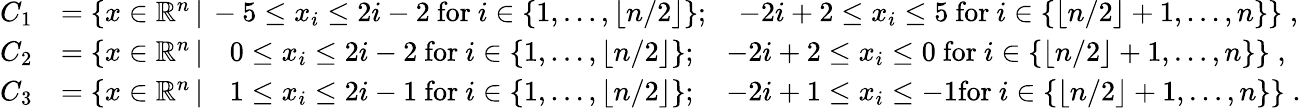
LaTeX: \begin{array}{rl}{C_{1}}&{=\left\{ x\in\mathbb{R}^{n}\, |\, -5\le x_{i}\le 2i-2\mathrm{~for~}i\in\{ 1,\ldots,\lfloor n/2\rfloor\} ;\quad-2i+2\le x_{i}\le 5\mathrm{~for~}i\in\{ \lfloor n/2\rfloor+1,...,n\} \right\} \; ,}\\ {C_{2}}&{=\left\{ x\in\mathbb{R}^{n}\, |\, \phantom{-}0\le x_{i}\le 2i-2\mathrm{~for~}i\in\{ 1,\ldots,\lfloor n/2\rfloor\} ;\quad-2i+2\le x_{i}\le 0\mathrm{~for~}i\in\{ \lfloor n/2\rfloor+1,\ldots,n\} \right\} \; ,}\\ {C_{3}}&{=\left\{ x\in\mathbb{R}^{n}\, |\, \phantom{-}1\le x_{i}\le 2i-1\mathrm{~for~}i\in\{ 1,\ldots,\lfloor n/2\rfloor\} ;\quad-2i+1\le x_{i}\le-1\mathrm{for~}i\in\{ \lfloor n/2\rfloor+1,\ldots,n\} \right\} \; .}\end{array}